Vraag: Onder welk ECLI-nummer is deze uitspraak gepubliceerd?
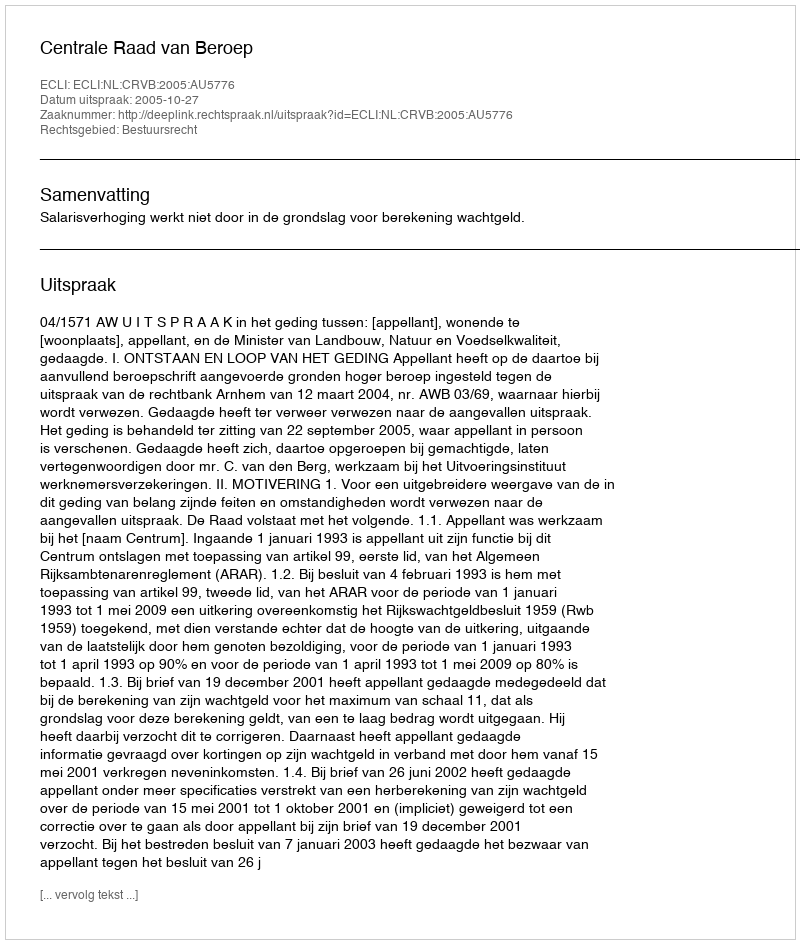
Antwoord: ECLI:NL:CRVB:2005:AU5776